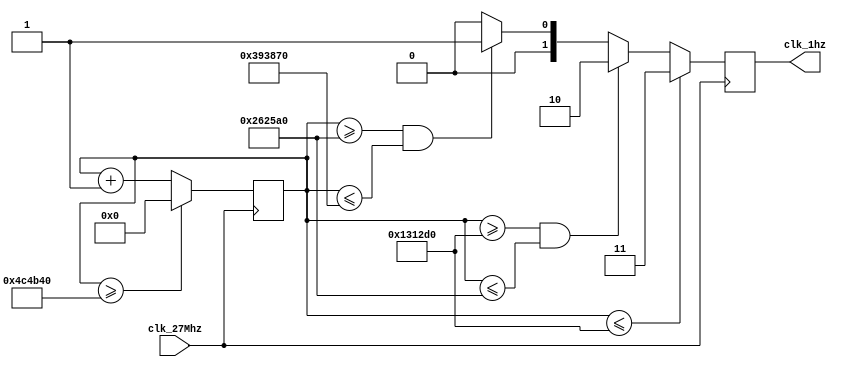
`timescale 1ns / 1ps
//////////////////////////////////////////////////////////////////////////////////
// Company: 
// Engineer: 
// 
// Design Name: 
// Module Name:    clk_divider 
// Project Name: 
// Target Devices: 
// Tool versions: 
// Description: 
//
// Dependencies: 
//
// Revision: 
// Revision 0.01 - File Created
// Additional Comments: 
//
//////////////////////////////////////////////////////////////////////////////////
//receives a 27 MHz clk on clk_27Mhz and generates a 1 Hz clk on clk_1hz
module clk_divider(clk_27Mhz, clk_1hz);
input clk_27Mhz; // user clock
output [1:0] clk_1hz; // divided clock
reg [30:0] count; // counter, is bigger then we need in case you wanna play with it
reg [1:0] clk_1hz; // don't forget the register

initial // This describes what to do as soon as machine turns on
begin
clk_1hz<=0; // resetting everything
count<=0;
end

always @(posedge clk_27Mhz) // whenever a rising edge of 27 MHz happens, do:
begin
// This is just a counter:
if (count >= 5_000_000)
count <= 0;
else
count <= count + 1;
// counter ends here


// this guy decides if it should be 0 or 1
//clk_1hz <= count >= (2_500_000) ? 1 : 0;
if (count <= 1_250_000)
	begin
	clk_1hz = 3;
	end
else if ((count >= 1_250_000) && (count <= 2_500_000))
	begin
	clk_1hz = 2;
	end
else if ((count >= 2_500_000) && (count <= 3_750_000))
	begin
	clk_1hz = 1;
	end
else
	begin
	clk_1hz = 0;
	end
		
end

endmodule